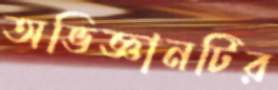
অভিজ্ঞানটির